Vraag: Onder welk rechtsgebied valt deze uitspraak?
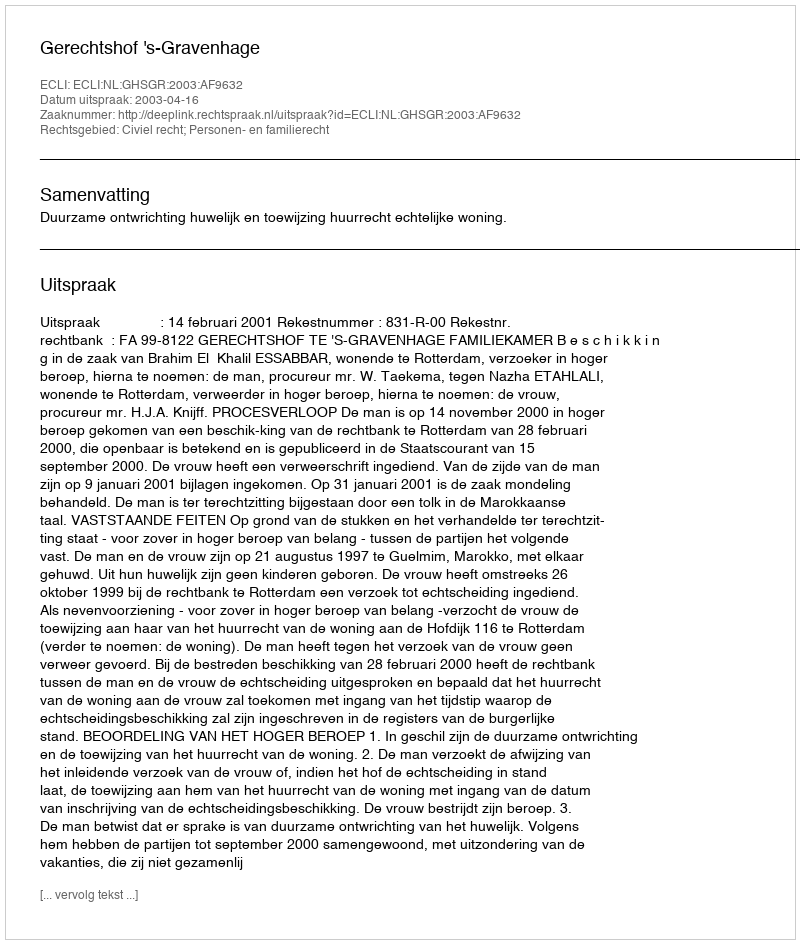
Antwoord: Civiel recht; Personen- en familierecht